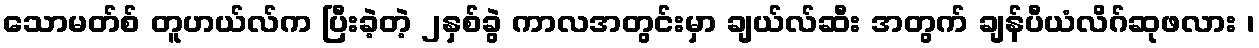
သောမတ်စ် တူဟယ်လ်က ပြီးခဲ့တဲ့ ၂နှစ်ခွဲ ကာလအတွင်းမှာ ချယ်လ်ဆီး အတွက် ချန်ပီယံလိဂ်ဆုဖလား ၊